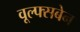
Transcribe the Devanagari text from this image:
वूल्फ्सबेन